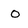
Character: O